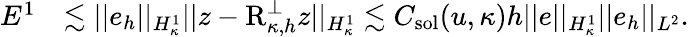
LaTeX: \begin{array}{rl}{E^{1}}&{\lesssim\lvert|e_{h}\rvert|_{H_{\kappa}^{1}}\lvert|z-\textup{R}_{\kappa,h}^{\perp}z\rvert|_{H_{\kappa}^{1}}\lesssim C_{\textup{sol}}(u,\kappa)h\lvert|e\rvert|_{H_{\kappa}^{1}}\lvert|e_{h}\rvert|_{L^{2}}.}\end{array}